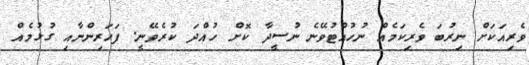
ވެރިއަކަށް ނިރުބަ ވެރިކަމެއް ނުހުއްޓުވޭނެ ނުސީދާ ކޮށް ހުއްދަ ކުރެވޭނީ. ފަހަރިންނާއި ގުޅުމެއް